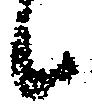
候